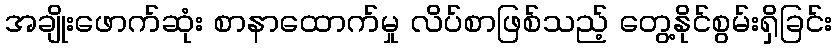
အချိုးဖောက်ဆုံး စာနာထောက်မှု လိပ်စာဖြစ်သည့် တွေ့နိုင်စွမ်းရှိခြင်း